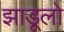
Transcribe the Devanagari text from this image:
झाडूलो